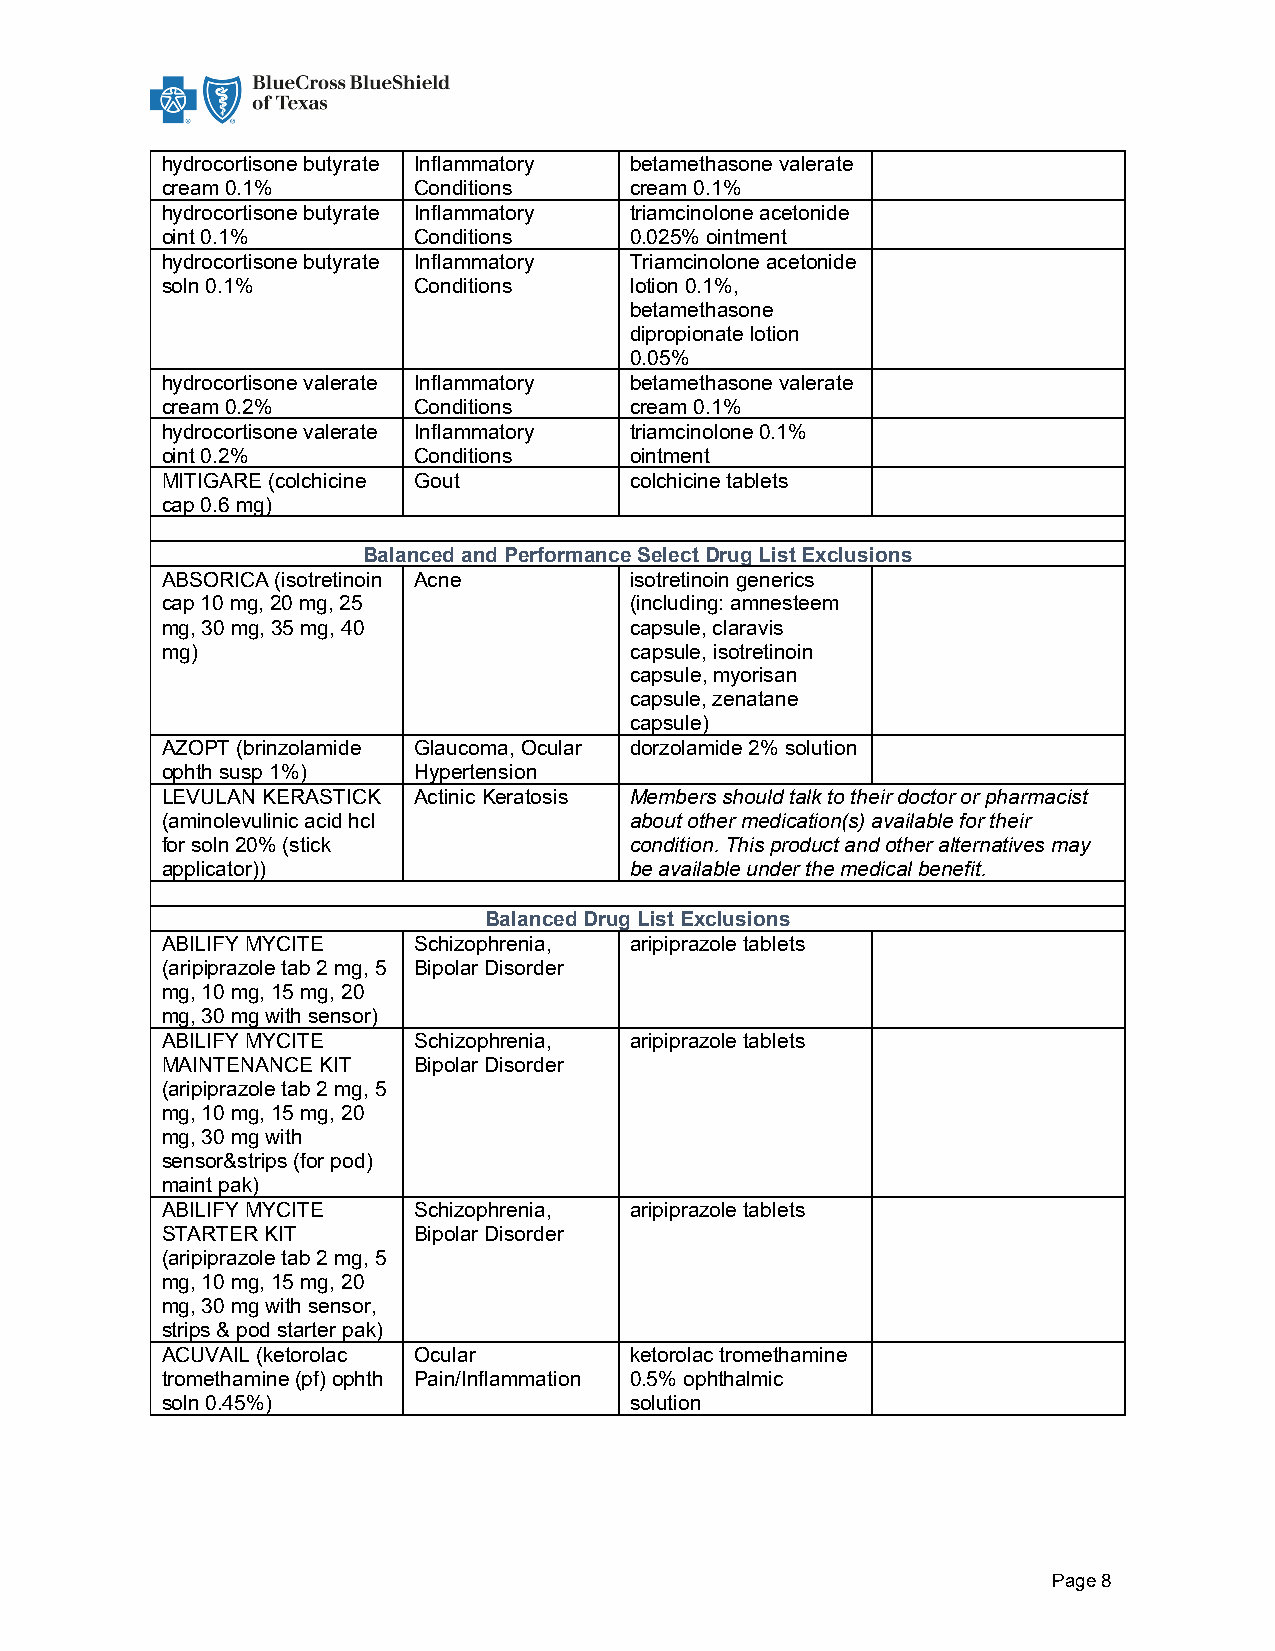
hydrocortisone butyrate Inflammatory betamethasone valerate
 cream 0.1%      Conditions     cream 0.1%
 hydrocortisone butyrate Inflammatory triamcinolone acetonide
 oint 0.1%       Conditions     0.025% ointment
 hydrocortisone butyrate Inflammatory Triamcinolone acetonide
 soln 0.1%       Conditions     lotion 0.1%,
 betamethasone
 dipropionate lotion
 0.05%
 hydrocortisone valerate Inflammatory betamethasone valerate
 cream 0.2%      Conditions     cream 0.1%
 hydrocortisone valerate Inflammatory triamcinolone 0.1%
 oint 0.2%       Conditions     ointment
 MITIGARE (colchicine Gout      colchicine tablets
 cap 0.6 mg)
 Balanced and Performance Select Drug List Exclusions
 ABSORICA (isotretinoin Acne    isotretinoin generics
 cap 10 mg, 20 mg, 25           (including: amnesteem
 mg, 30 mg, 35 mg, 40           capsule, claravis
 mg)                            capsule, isotretinoin
 capsule, myorisan
 capsule, zenatane
 capsule)
 AZOPT (brinzolamide Glaucoma, Ocular dorzolamide 2% solution
 ophth susp 1%)  Hypertension
 LEVULAN KERASTICK Actinic Keratosis Members should talk to their doctor or pharmacist
 (aminolevulinic acid hcl       about other medication(s) available for their
 for soln 20% (stick            condition. This product and other alternatives may
 applicator))                   be available under the medical benefit.
 Balanced Drug List Exclusions
 ABILIFY MYCITE  Schizophrenia, aripiprazole tablets
 (aripiprazole tab 2 mg, 5 Bipolar Disorder
 mg, 10 mg, 15 mg, 20
 mg, 30 mg with sensor)
 ABILIFY MYCITE  Schizophrenia, aripiprazole tablets
 MAINTENANCE KIT Bipolar Disorder
 (aripiprazole tab 2 mg, 5
 mg, 10 mg, 15 mg, 20
 mg, 30 mg with
 sensor&strips (for pod)
 maint pak)
 ABILIFY MYCITE  Schizophrenia, aripiprazole tablets
 STARTER KIT     Bipolar Disorder
 (aripiprazole tab 2 mg, 5
 mg, 10 mg, 15 mg, 20
 mg, 30 mg with sensor,
 strips & pod starter pak)
 ACUVAIL (ketorolac Ocular      ketorolac tromethamine
 tromethamine (pf) ophth Pain/Inflammation 0.5% ophthalmic
 soln 0.45%)                    solution
 Page 8